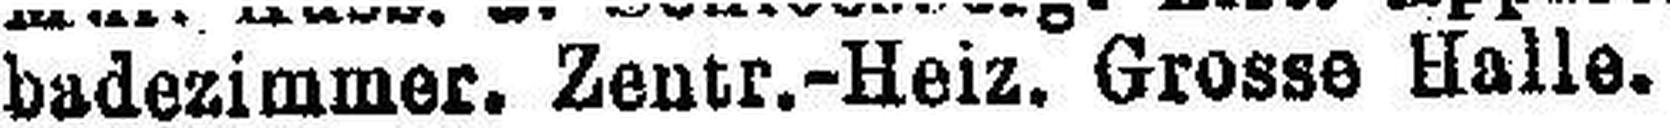
badezimmer. Zentr.-Heiz. Grosse Halle.